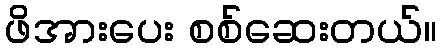
ဖိအားပေး စစ်ဆေးတယ်။